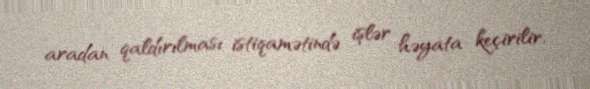
aradan qaldırılması istiqamətində işlər həyata keçirilir.